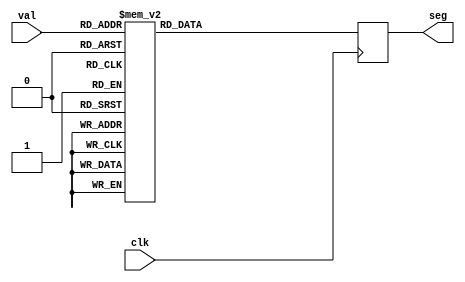
`timescale 1ns / 1ps
/*
//////////////////////////////////////////////////////////////////////////////////
// Company: 
// Engineer: 
// 
// Design Name: 
// Module Name:    problema6 
// Project Name: 
// Target Devices: 
// Tool versions: 
// Description: 
	Los segmentos estaran pensados como: a,b,c,d,e,f,g
	Disear un decodificador de 7 segmentos para un solo display:
	a. El display es anodo comn. (se prende con 0)
	b. Deber ser capaz de mostrar los nmeros comprendidos entre 0 y 9,
		para los dems valores deber mostrar la letra "H". 
		Para esto utilizara 4 bits de entrada donde "0000" ? 0 y "1001" ? 9;

// Dependencies: 
//
// Revision: 
// Revision 0.01 - File Created
// Additional Comments: 
//
//////////////////////////////////////////////////////////////////////////////////
*/
module problema6
(
	input [3:0] val,
	output reg [6:0] seg,
	input clk
);


//Los segmentos estaran pensados como a,b,c,d,e,f,g
always@(posedge clk)
begin
	case(val)
		4'b0000:	seg<=7'b0000001;
		4'b0001:	seg<=7'b1001111;
		4'b0010:	seg<=7'b0010010;
		4'b0011:	seg<=7'b0000110;
		4'b0100:	seg<=7'b1001100;
		4'b0101:	seg<=7'b0100100;
		4'b0110:	seg<=7'b0100000;
		4'b0111:	seg<=7'b0001111;
		4'b1000:	seg<=7'b0000000;
		4'b1001:	seg<=7'b0001100;
		default: seg<=7'b1001000;
	endcase
end


endmodule